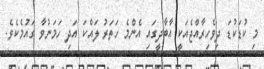
މި ކުޑަކުޑަ ދިވެހިރާއްޖެއަކީ އާބާދީގައި އެންެމެ ހަތަރު ލައްކަ އަދި ހަމަނުވާ ގައުމެކެވެ.